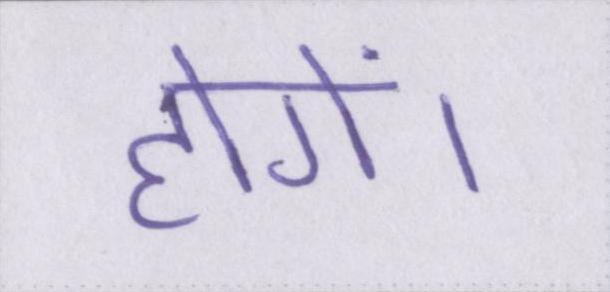
होगें।